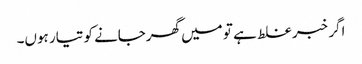
اگر خبر غلط ہے تو میں گھرجانے کو تیار ہوں۔